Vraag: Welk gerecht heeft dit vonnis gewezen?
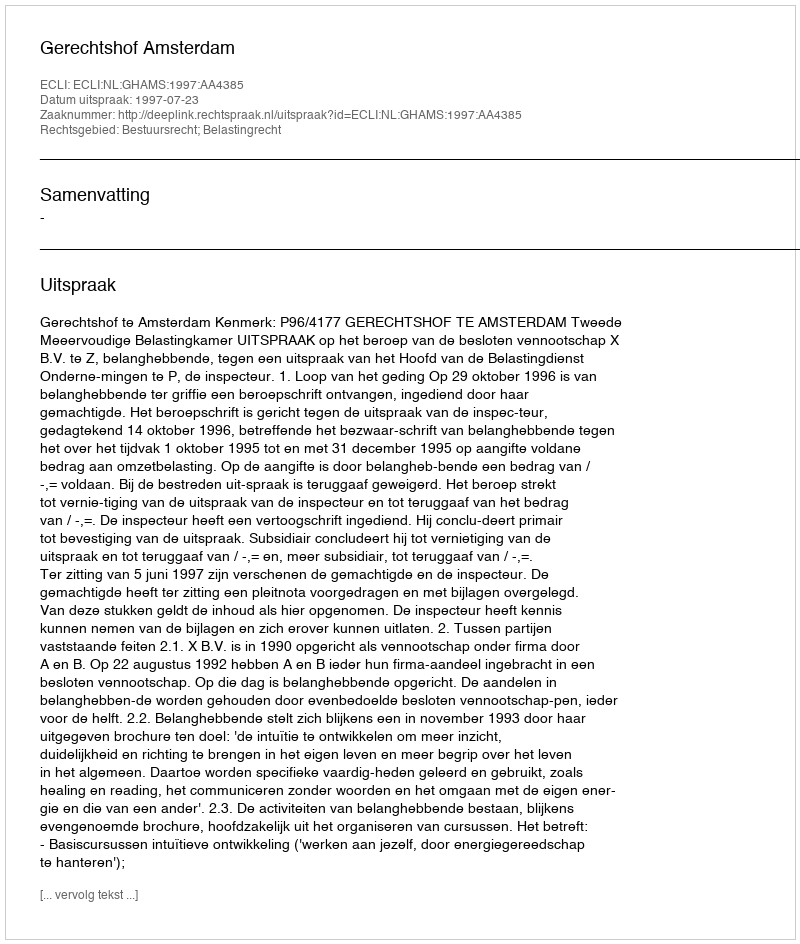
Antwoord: Gerechtshof Amsterdam